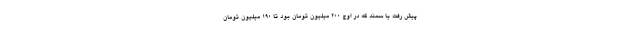
پیش رفت یا سمند که در اوج ۲۰۰ میلیون تومان بود تا ۱۹۰ میلیون تومان